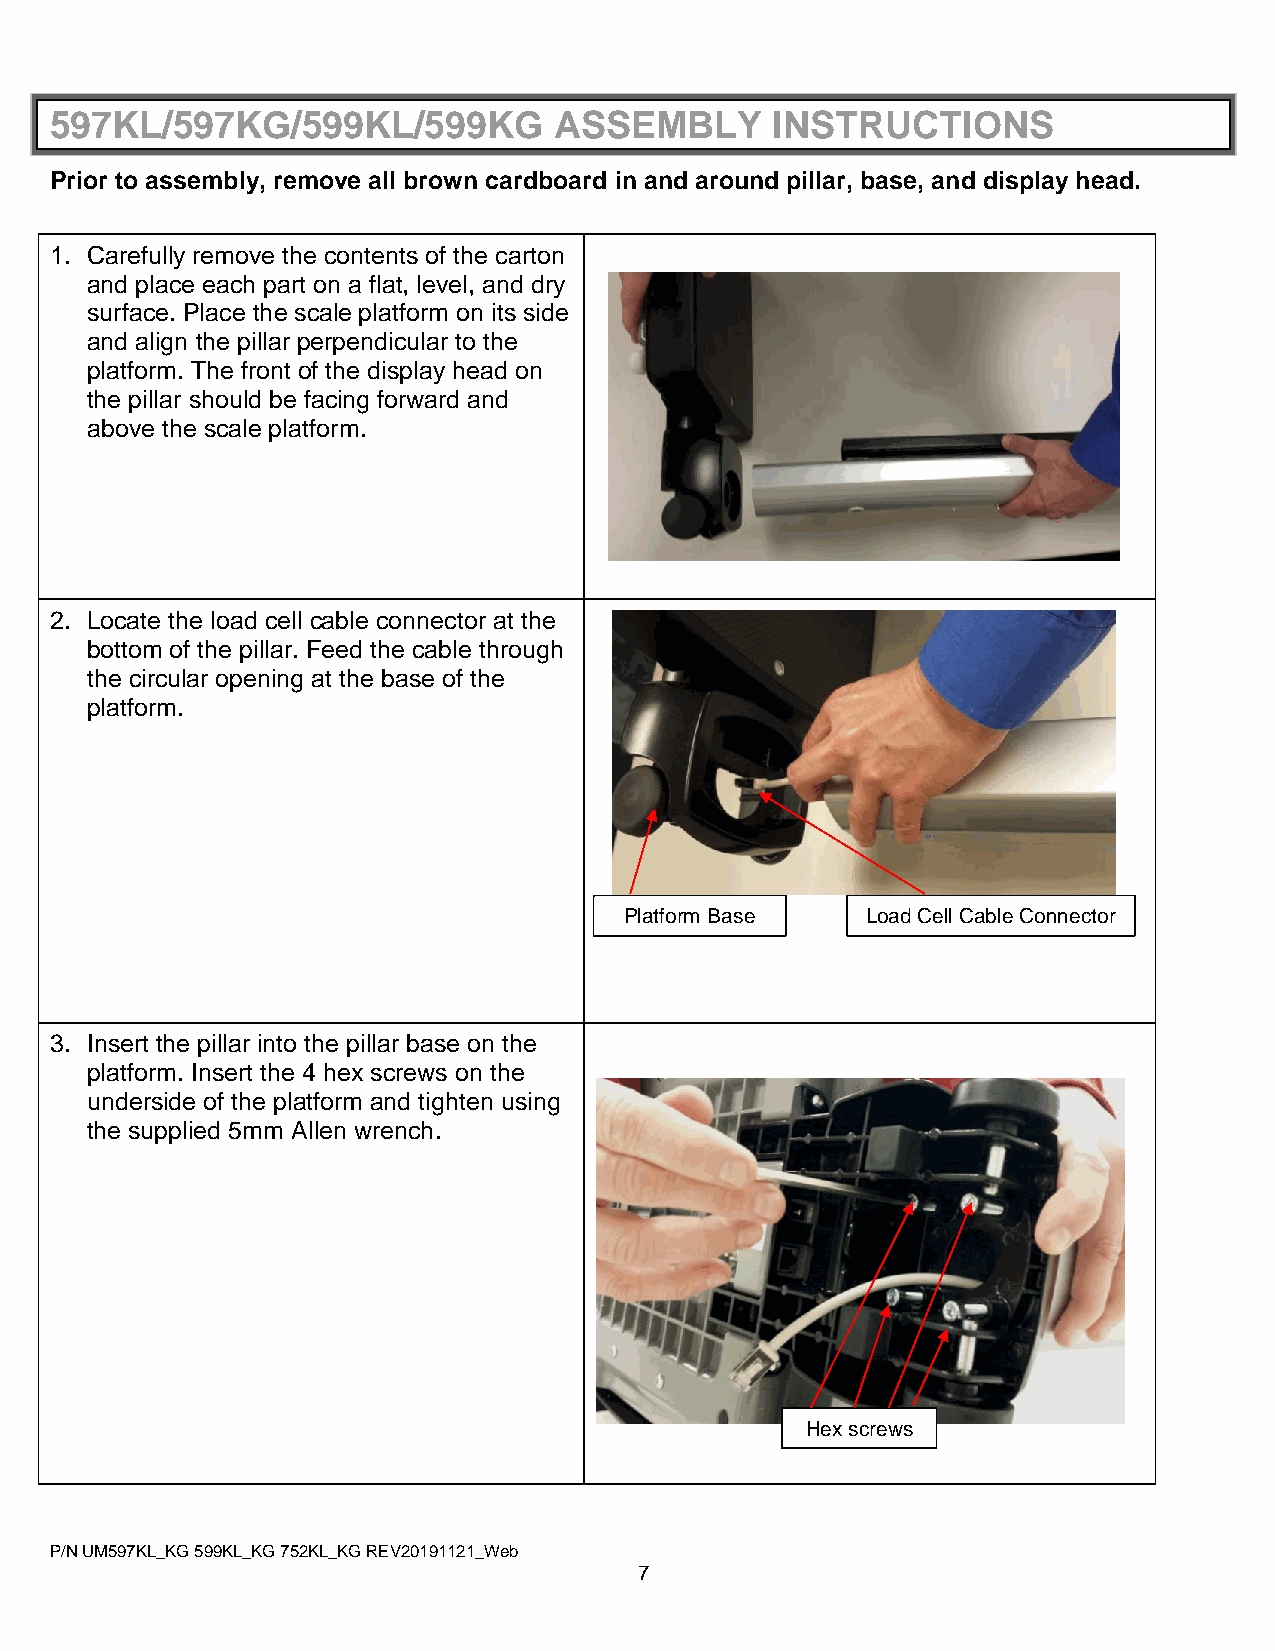
597KL/597KG/599KL/599KG           ASSEMBLY      INSTRUCTIONS
 Prior to assembly, remove all brown cardboard in and around pillar, base, and display head.
 1. Carefully remove the contents of the carton
 and place each part on a flat, level, and dry
 surface. Place the scale platform on its side
 and align the pillar perpendicular to the
 platform. The front of the display head on
 the pillar should be facing forward and
 above the scale platform.
 2. Locate the load cell cable connector at the
 bottom of the pillar. Feed the cable through
 the circular opening at the base of the
 platform.
 Platform Base   Load Cell Cable Connector
 3. Insert the pillar into the pillar base on the
 platform. Insert the 4 hex screws on the
 underside of the platform and tighten using
 the supplied 5mm Allen wrench.
 Hex screws
 P/N UM597KL_KG 599KL_KG 752KL_KG REV20191121_Web
 7